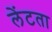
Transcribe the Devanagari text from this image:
लेंटता